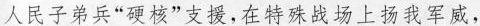
人民子弟兵”硬核”支援，在特殊战场上扬我军威，